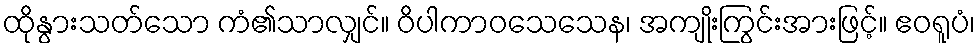
ထိုနွားသတ်သော ကံ၏သာလျှင်။ ဝိပါကာဝသေသေန၊ အကျိုးကြွင်းအားဖြင့်။ ဧဝရူပံ၊